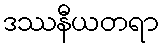
ဒဿနီယတရာ